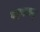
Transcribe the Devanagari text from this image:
पहनकर्